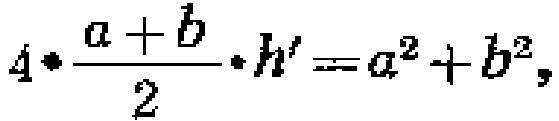
$4\cdot\frac{a + b}{2}\cdot h'=a^{2}+b^{2},$